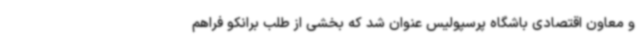
و معاون اقتصادی باشگاه پرسپولیس عنوان شد که بخشی از طلب برانکو فراهم